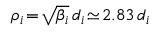
\rho _ { i } \! = \! \sqrt { \beta _ { i } } \, d _ { i } \! \simeq \! 2 . 8 3 \, d _ { i }